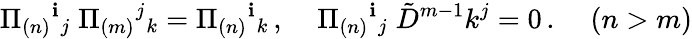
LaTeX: \Pi_{(n)}{}^{\mathbf{i}}{}_{j}\; \Pi_{(m)}{}^{j}{}_{k}=\Pi_{(n)}{}^{\mathbf{i}}{}_{k}\, ,\; \; \; \; \Pi_{(n)}{}^{\mathbf{i}}{}_{j}\; \tilde{{D}}^{m-1}k^{j}=0\, .\; \; \; \; (n>m)